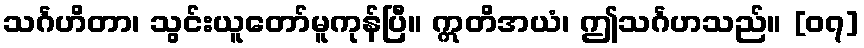
သင်္ဂဟိတာ၊ သွင်းယူတော်မူကုန်ပြီ။ ဣတိအယံ၊ ဤသင်္ဂဟသည်။ [၀၇]